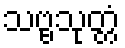
သဗ္ဗသုတ္တံ